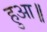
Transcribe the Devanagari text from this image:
हुआ॥